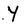
Character: Y